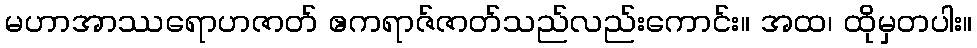
မဟာအာဿရောဟဇာတ် ဧကရာဇ်ဇာတ်သည်လည်းကောင်း။ အထ၊ ထိုမှတပါး။